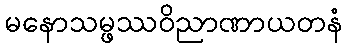
မနောသမ္ဖဿဝိညာဏာယတနံ